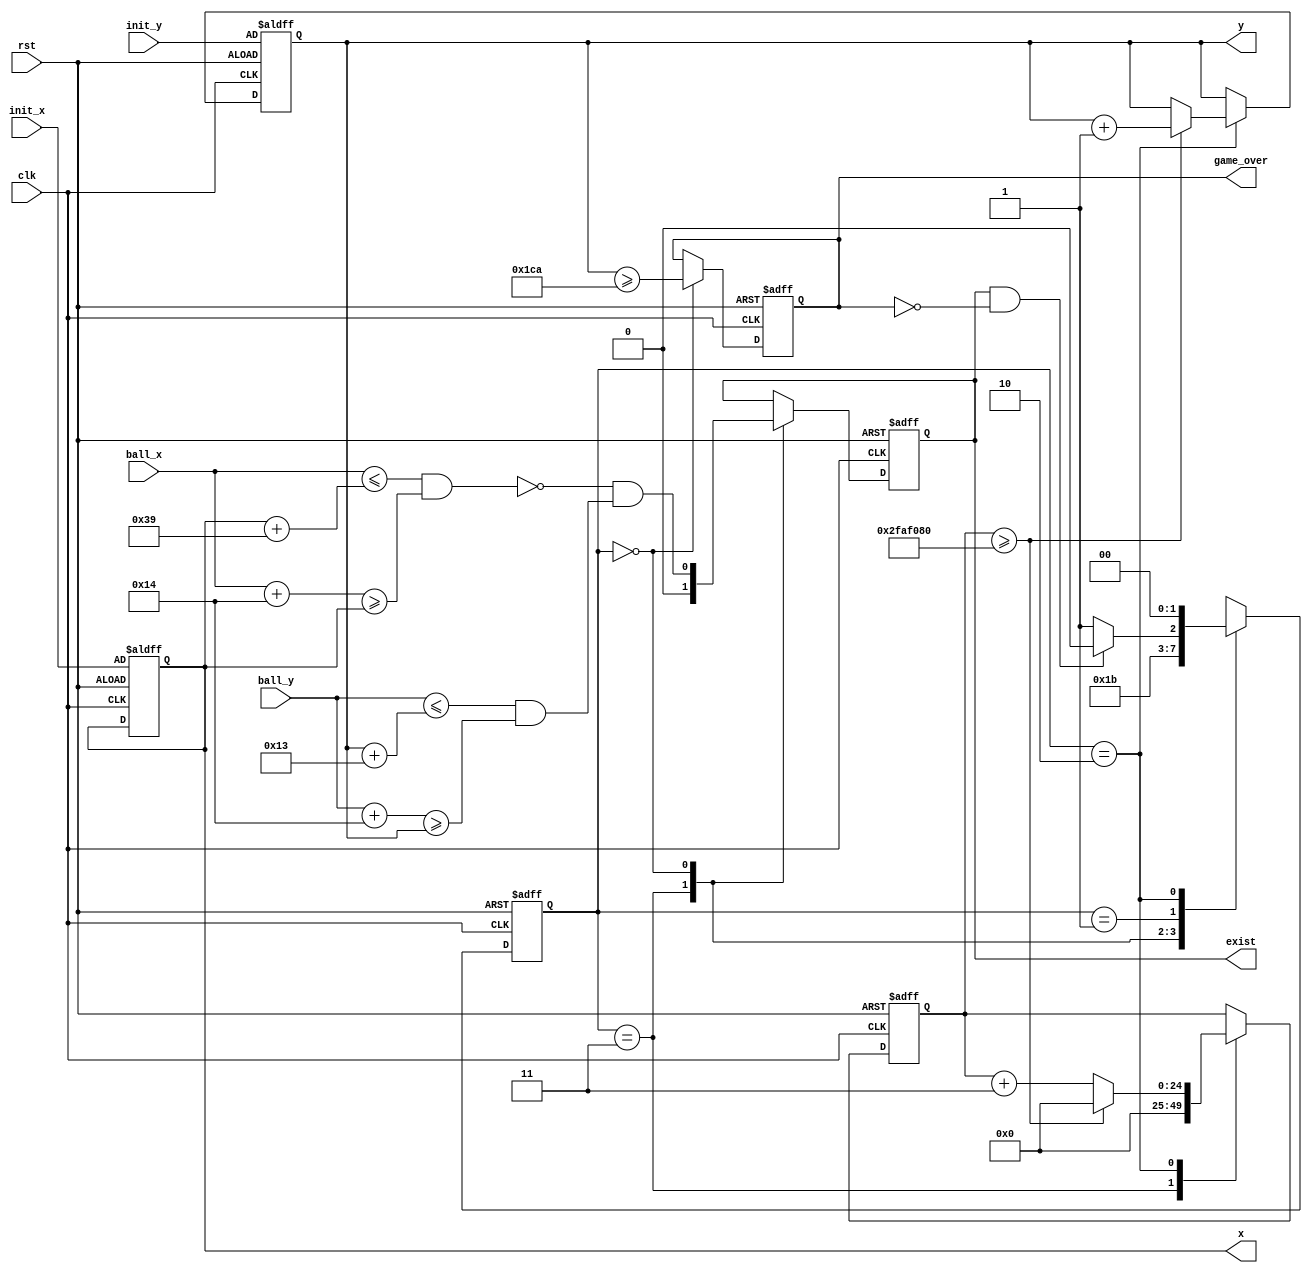
module brick (
    input clk,
    input rst,
	input wire [8:0] ball_x,
	input wire [8:0] ball_y,
	input wire [8:0] init_x,
	input wire [8:0] init_y,
	output reg [8:0] x,
	output reg [8:0] y,
    output reg exist,
	 output reg game_over
);

// Speed of the brick movement
parameter speed = 1;
parameter delay_done = 50000000;

// State machine states for brick movement
reg [1:0] s;
reg [1:0] ns;
reg [24:0] delay;

parameter NOT_EXIST = 3,
			EXIST = 0,
			COLLIDE = 1,
			MOVE = 2;

always@(posedge clk or negedge rst)
begin
	if (rst == 1'b0)
		s <= EXIST;
	else
		s <= ns;
end

always@(*)
begin
	case(s)
		NOT_EXIST: ns = NOT_EXIST;
		EXIST: ns = COLLIDE;
		COLLIDE: 
		begin
			if (exist == 1'b1 && game_over == 1'b0)
				ns = MOVE;
			else
				ns = NOT_EXIST;
		end
		MOVE: ns = EXIST;
	endcase
end

always @(posedge clk or negedge rst)
begin
	if (rst == 1'b0)
	begin
		exist <= 1'b1;
		x <= init_x;
		y <= init_y;
		game_over <= 1'b0;
		delay <= 0;
	end
	else 
	begin
		case(s)
			NOT_EXIST:
			begin
				delay <= 0;
				exist <= 0;
			end
			EXIST: 
			begin
				exist <= ~((ball_x <= x + 57) && (ball_x + 20 >= x)) && ((ball_y <= y + 19) && (ball_y + 20 >= y));
				game_over <= (y >= 458);
			end
			MOVE:
			begin
				if (delay >= delay_done)
				begin
					y <= y + speed;
					delay <= 0;
				end
				else
					delay <= delay + 3; 
			end
		endcase
	end
end
endmodule